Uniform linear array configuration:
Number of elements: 48
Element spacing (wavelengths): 0.25
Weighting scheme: uniform
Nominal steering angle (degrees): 15
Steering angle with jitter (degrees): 15.21
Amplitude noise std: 0.05
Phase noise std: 0.05

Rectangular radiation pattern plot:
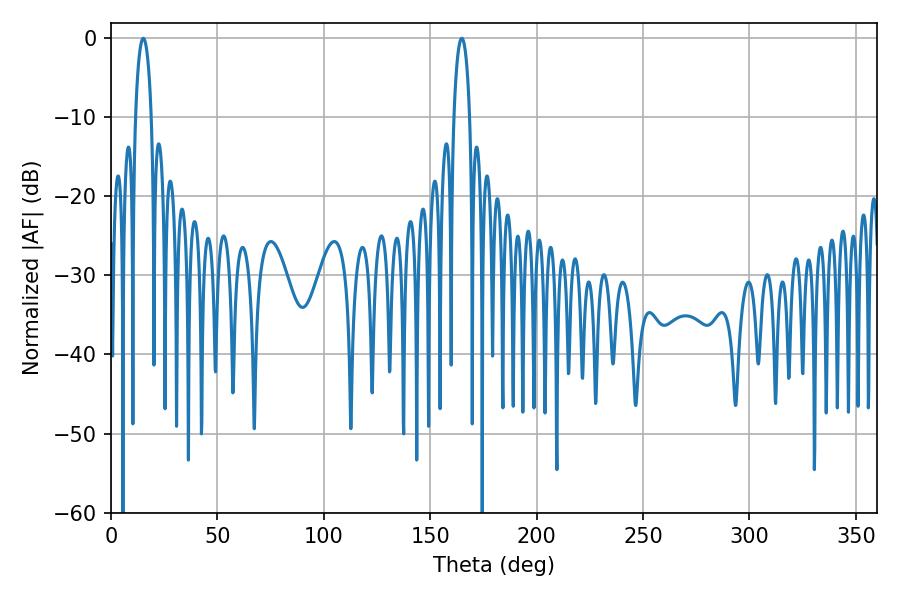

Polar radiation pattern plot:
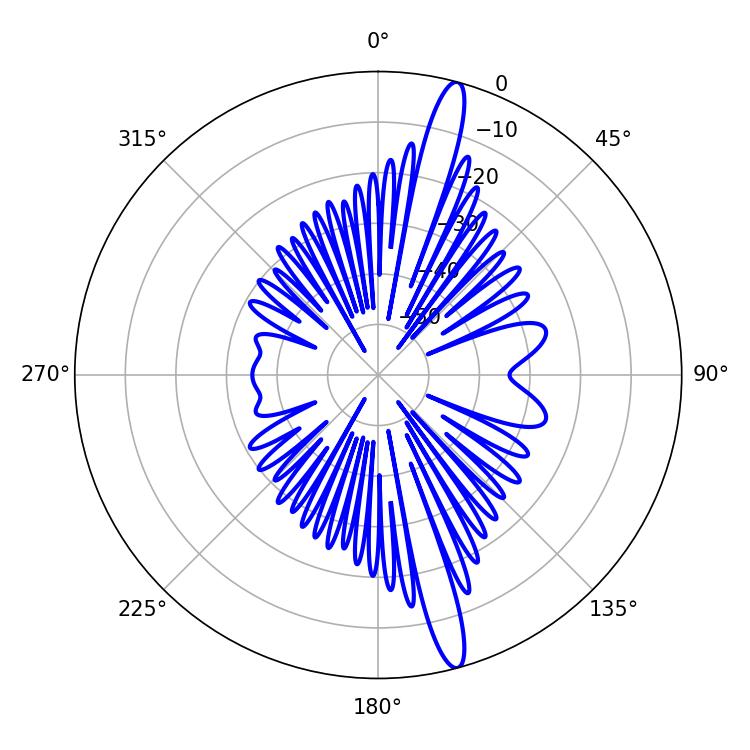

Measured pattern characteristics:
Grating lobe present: FALSE
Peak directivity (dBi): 16.44
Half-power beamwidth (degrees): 4.14
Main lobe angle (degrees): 15.12